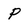
Character: P